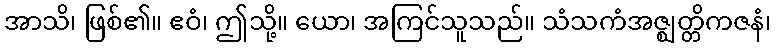
အာသိ၊ ဖြစ်၏။ ဧဝံ၊ ဤသို့။ ယော၊ အကြင်သူသည်။ သံသကံအဇ္ဈတ္တိကဇနံ၊